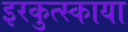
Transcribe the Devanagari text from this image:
इरकुत्स्काया